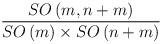
LaTeX: \begin{align*}\frac{SO\left( m,n+m\right) }{SO\left( m\right) \times SO\left( n+m\right) }\end{align*}